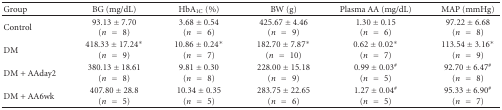
<table><thead><tr><td><b>Group</b></td><td><b>BG (mg/dL)</b></td><td><b>HbA<sub>1C</sub> (%)</b></td><td><b>BW (g)</b></td><td><b>Plasma AA (mg/dL)</b></td><td><b>MAP (mmHg)</b></td></tr></thead><tbody><tr><td>Control</td><td>93.13 ± 7.70(<i>n</i> = 8)</td><td>3.68 ± 0.54(<i>n</i> = 6)</td><td>425.67 ± 4.46(<i>n</i> = 9)</td><td>1.30 ± 0.15(<i>n</i> = 6)</td><td>97.22 ± 6.68(<i>n</i> = 8)</td></tr><tr><td>DM</td><td>418.33 ± 17.24*(<i>n</i> = 9)</td><td>10.86 ± 0.24*(<i>n</i> = 7)</td><td>182.70 ± 7.87*(<i>n</i> = 10)</td><td>0.62 ± 0.02*(<i>n</i> = 7)</td><td>113.54 ± 3.16*(<i>n</i> = 9)</td></tr><tr><td>DM + AAday2</td><td>380.13 ± 18.61(<i>n</i> = 8)</td><td>9.81 ± 0.30(<i>n</i> = 8)</td><td>228.00 ± 15.18(<i>n</i> = 9)</td><td>0.99 ± 0.03<sup>#</sup>(<i>n</i> = 5)</td><td>92.70 ± 6.47<sup>#</sup>(<i>n</i> = 8)</td></tr><tr><td>DM + AA6wk</td><td>407.80 ± 28.8(<i>n</i> = 5)</td><td>10.34 ± 0.35(<i>n</i> = 5)</td><td>283.75 ± 22.65(<i>n</i> = 6)</td><td>1.27 ± 0.04<sup>#</sup>(<i>n</i> = 5)</td><td>95.33 ± 6.90<sup>#</sup>(<i>n</i> = 7)</td></tr></tbody></table>